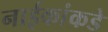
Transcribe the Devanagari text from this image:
नाईकांकडे